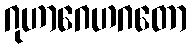
ဂုဟာဂေဟဂတော